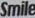
Smile